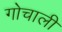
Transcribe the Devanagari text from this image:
गोचाली